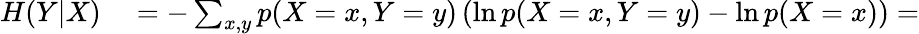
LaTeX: \begin{array}{rl}{H(Y|X)}&{{}=-\sum_{x,y}p(X=x,Y=y)\left(\ln p(X=x,Y=y)-\ln p(X=x)\right)=}\end{array}